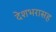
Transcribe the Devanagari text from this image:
देशभरासह